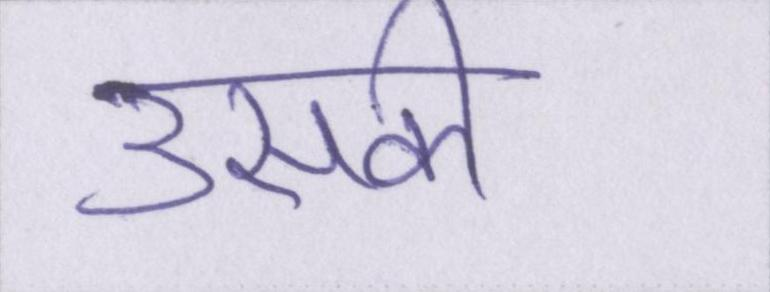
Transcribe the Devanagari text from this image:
उसकी